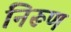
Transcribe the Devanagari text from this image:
निरूण